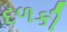
દળકી